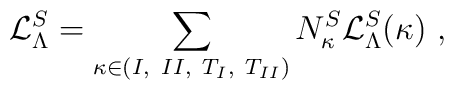
{\cal L}_\Lambda^S = \sum_{\kappa \in {(I,~II,~T_I,~T_{II})}}	N_\kappa^S {\cal L}_\Lambda^S (\kappa)~,